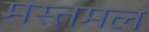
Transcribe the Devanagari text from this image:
मस्तमल